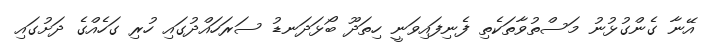
އޭނާ ގެންގުޅުނު މަސްތުވާތަކެތި ފެނިފައިވަނީ ހިތަދޫ ބޯޅަދަނޑު ސަރަހައްދުގައި ހުރި ގަހެއްގެ ދަށުގައި